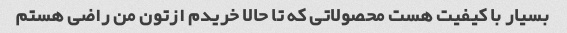
بسیار با کیفیت هست محصولاتی که تا حالا خریدم ازتون من راضی هستم